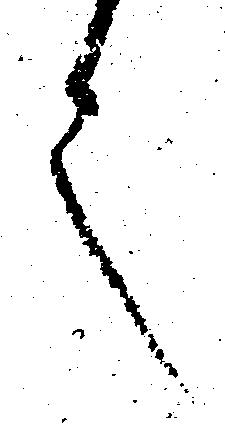
言